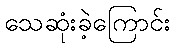
သေဆုံးခဲ့ကြောင်း